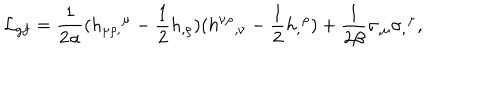
{ \cal L } _ { g f } = { \frac { 1 } { 2 \alpha } } ( h _ { \mu \rho , } { } ^ { \mu } - { \frac { 1 } { 2 } } h _ { , \rho } ) ( h ^ { \nu \rho } { } _ { , \nu } - { \frac { 1 } { 2 } } h _ { , } { } ^ { \rho } ) + { \frac { 1 } { 2 \beta } } \sigma _ { , \mu } \sigma _ { , } { } ^ { \mu } ,